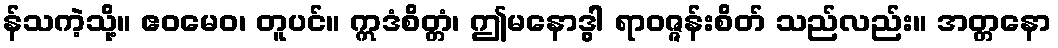
န်သကဲ့သို့။ ဧဝမေဝ၊ တူပင်။ ဣဒံစိတ္တံ၊ ဤမနောဒွါ ရာဝဇ္ဇန်းစိတ် သည်လည်း။ အတ္တနော